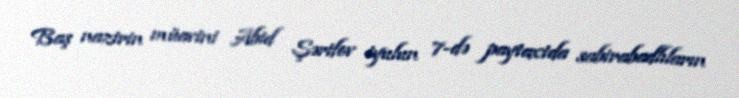
Baş nazirin müavini Abid Şərifov iyulun 7-də paytaxtda sabirabadlıların